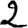
Digit: 2